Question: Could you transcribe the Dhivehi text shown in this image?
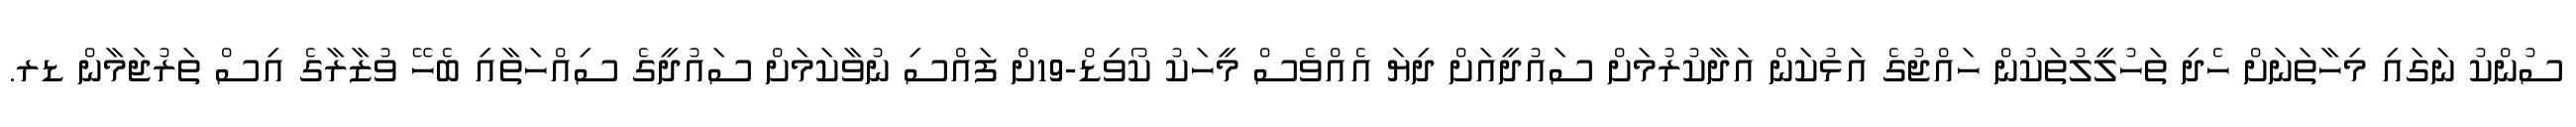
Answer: ސުންކު ނަގައި މިހާތަނަށް ހެދި ތަހުލީލުތަކުން ހައްޖުގެ އަޅުކަން އަދާކުރުމަށް ސައުދީއަށް ދިޔަ އެއްވެސް މީހަކު ކޯވިޑް-19ށް ފައްސި ނުވާކަމަށް ސައުދީގެ ސިއްހަތާއި ބެހޭ ވުޒާރާގެ އިސް ތަރުޖަމާން ޑރ.